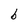
Character: b